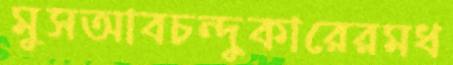
মুসআবচন্দুকারেরমধ